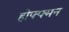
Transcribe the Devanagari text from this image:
होफ्फ्मन